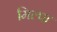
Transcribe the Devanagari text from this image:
मिल्पा